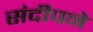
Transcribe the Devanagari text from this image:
संदीपने